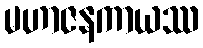
မဟာဇနကာယဿ